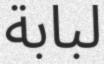
لبابة